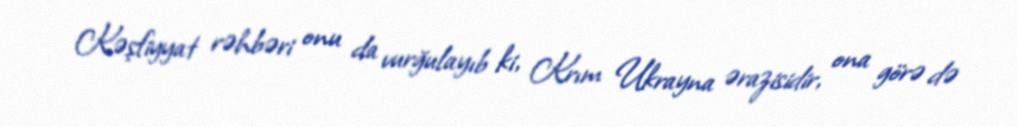
Kəşfiyyat rəhbəri onu da vurğulayıb ki, Krım Ukrayna ərazisidir, ona görə də